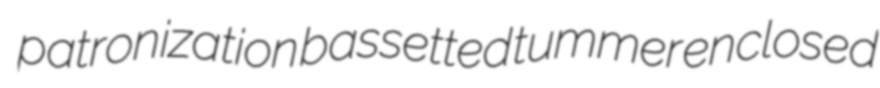
patronization bassetted tummer enclosed